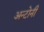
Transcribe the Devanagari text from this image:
अन्टोनी